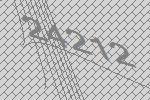
24212